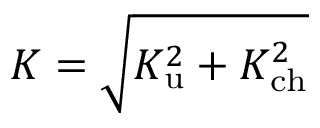
\begin{array} { r } { K = \sqrt { K _ { \mathrm { u } } ^ { 2 } + K _ { \mathrm { c h } } ^ { 2 } } } \end{array}